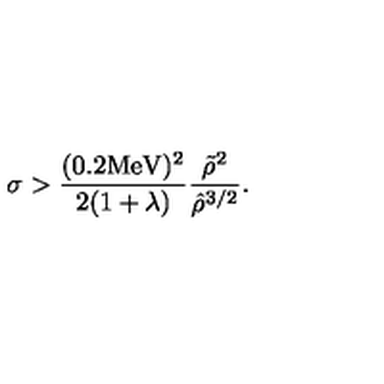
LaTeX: \sigma > \frac { ( 0 . 2 \mathrm { M e V } ) ^ { 2 } } { 2 ( 1 + \lambda ) } \frac { \tilde { \rho } ^ { 2 } } { \hat { \rho } ^ { 3 / 2 } } .